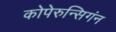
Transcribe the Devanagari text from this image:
कोपेरुन्सिगंन